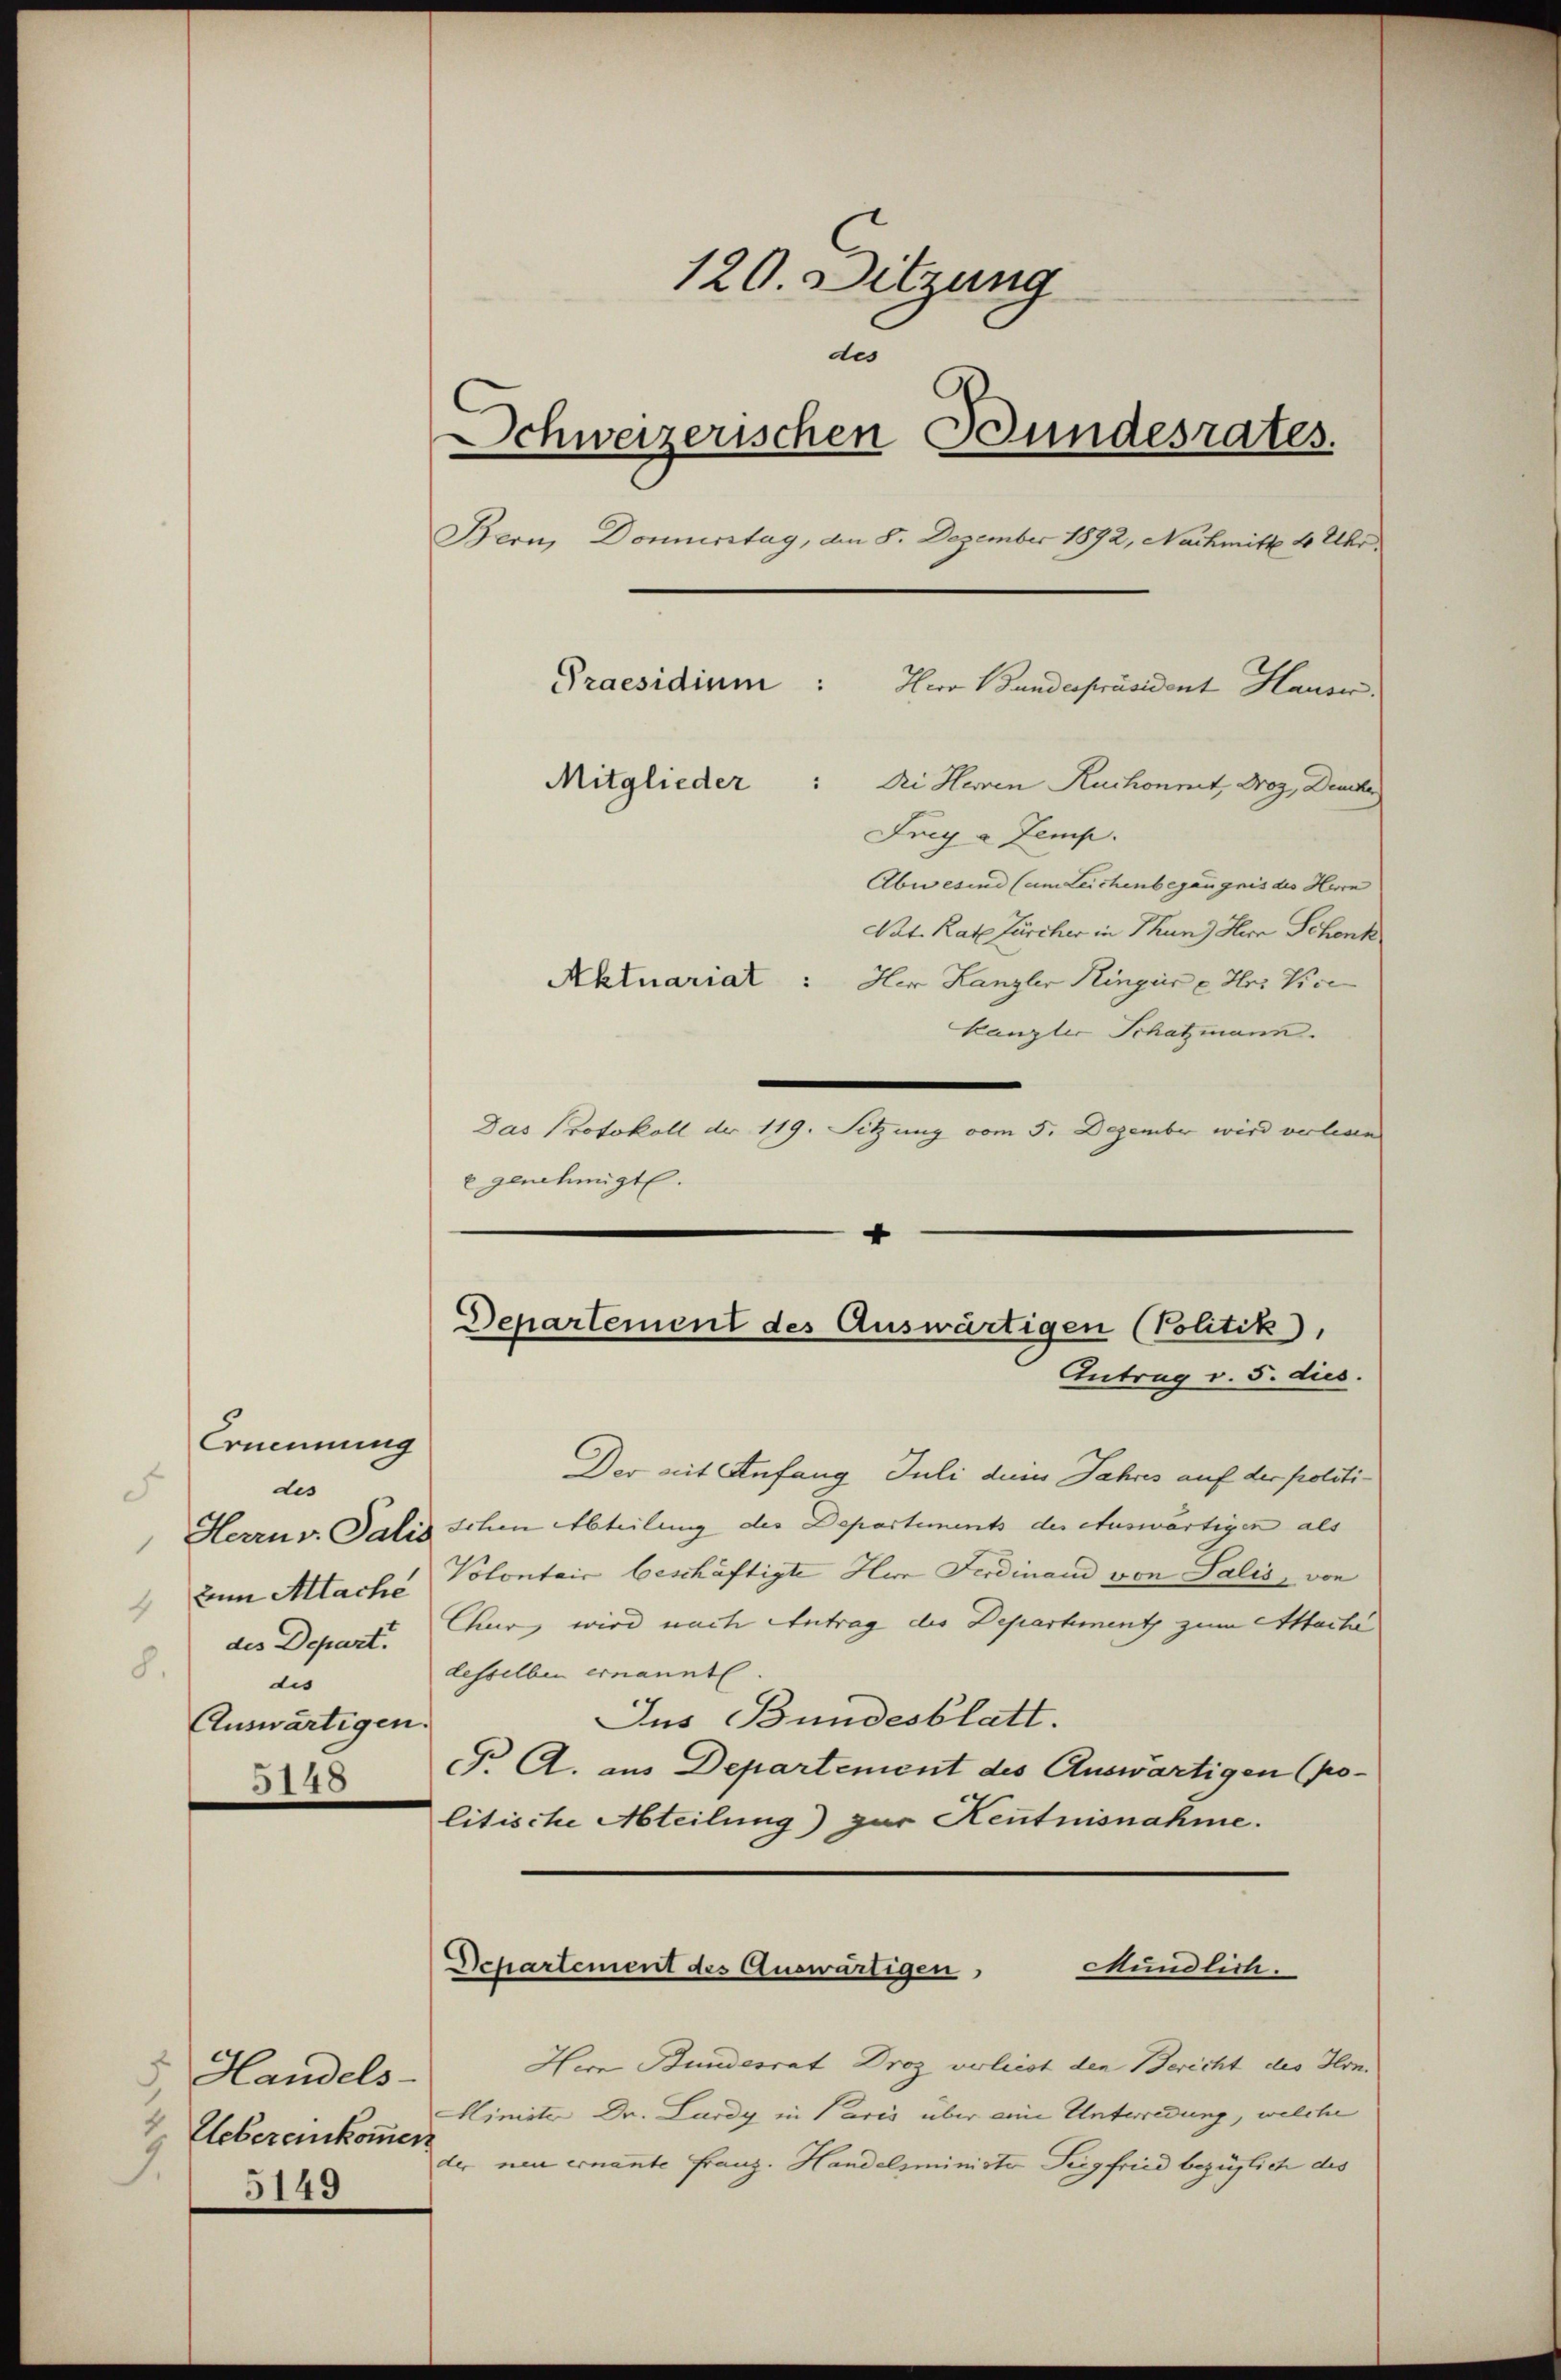
Ernennung
dis
5
 Dem Altaché
des Depart.
8.
dis
Auswärtigen.
5148

7.
Handels-
 Uebereinkommen
5149

120. Ditzung
un
Schweizerischen Bundesrates.
Bern, Dominstag, den 8. Dezember 1892, Nachmitte 4 Uhr
Praesidium:
Herr Bundespräsident Hauser,
Mitglieder
Di Herren Kuchonnet, Droz, Drucke
Frey a temp

Abwesend (am Leichenbegängnis des Herrn
Nat. Rat Zürcher in Thun) Herr Schonk
Aktuariat: Her Kanzler Hinger u Hr. Vice
Kanzler Schatzmann.
Das Protokoll der 119. Sitzung vom 5. Dezember wird verlan
e genehmigt.
+

Der mit Anfang Juli deines Jahres auf der Politi¬
Herrn v. Salis Schen Abteilung des Departements der Auswärtigen als
Volontair beschäftigte Hun Fudinand von Salis, von
Chur wird nach Antrag des Departement zum Attache
desselben ernanntl
Jus Bundesblatt.
. A. aus Departement des Auswärtigen (po-
litische Abteilung) zur Kentnisnahme.

Herr Bundesrat Droz verliest den Bericht des Hrn.
Minister Dr. Lardy in Paris über eine Unterredung, welche
der neu ernannte Franz. Handelsminister Siegfried bezüglich des

Departement des Auswärtigen (Politik,
Antrag v. 5. dies.

Mundlich.
Dchartement des Auswärtigen,